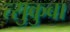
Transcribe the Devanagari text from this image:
त्सुकुबा